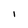
Character: i